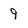
Character: 9